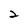
Character: 2